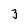
Character: 3